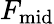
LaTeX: F_{\mathrm{mid}}